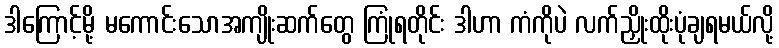
ဒါကြောင့်မို့ မကောင်းသောအကျိုးဆက်တွေ ကြုံရတိုင်း ဒါဟာ ကံကိုပဲ လက်ညှိုးထိုးပုံချရမယ်လို့